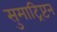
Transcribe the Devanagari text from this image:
सुमाट्रिप्टन